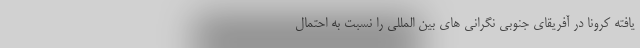
یافته کرونا در آفریقای جنوبی نگرانی های بین المللی را نسبت به احتمال